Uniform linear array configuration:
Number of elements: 16
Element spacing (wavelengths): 1
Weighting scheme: blackman
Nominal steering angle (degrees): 45
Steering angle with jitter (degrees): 45.408
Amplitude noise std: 0.05
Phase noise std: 0.05

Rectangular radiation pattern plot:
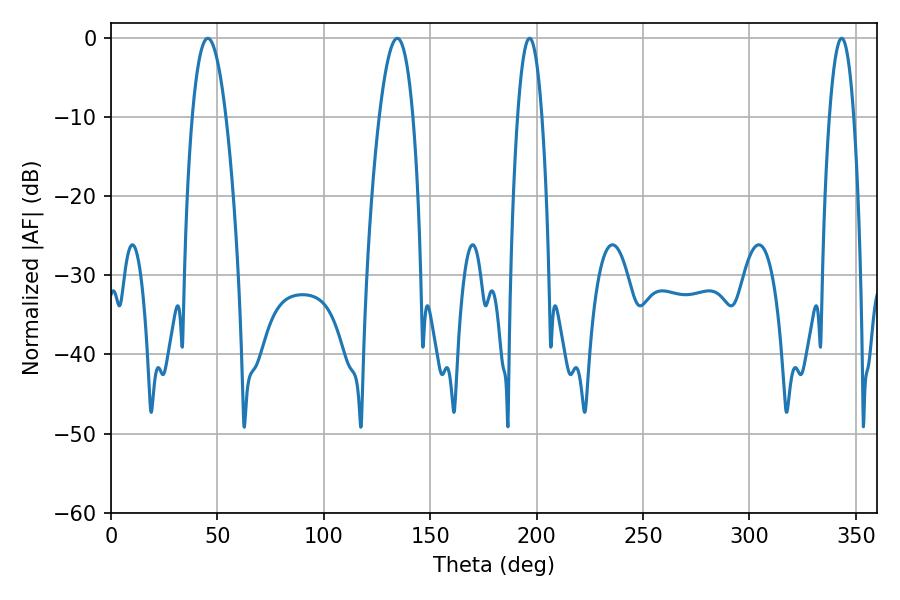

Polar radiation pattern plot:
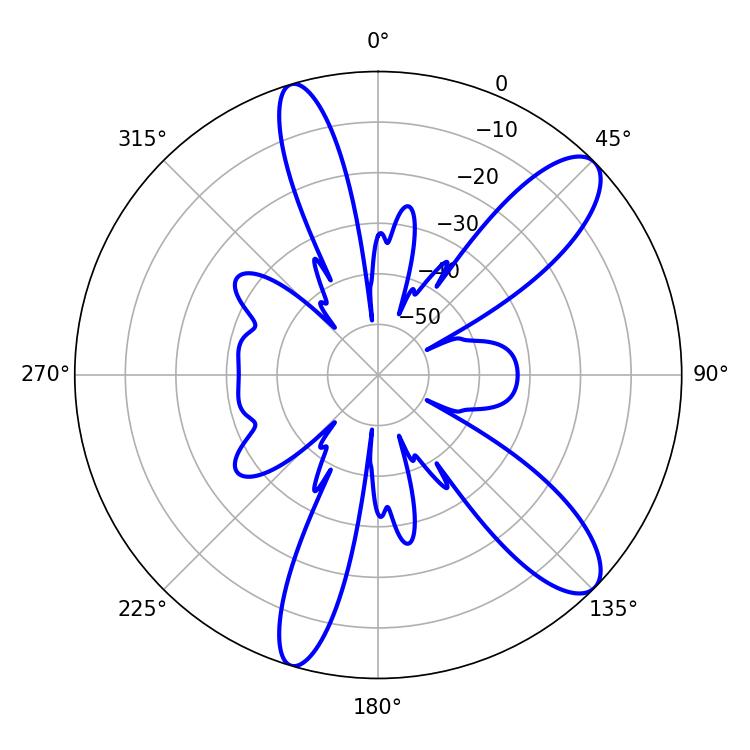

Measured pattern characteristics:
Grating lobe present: TRUE
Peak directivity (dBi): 10.836
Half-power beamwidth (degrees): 8.82
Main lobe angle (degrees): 45.54